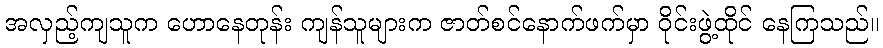
အလှည့်ကျသူက ဟောနေတုန်း ကျန်သူများက ဇာတ်စင်နောက်ဖက်မှာ ဝိုင်းဖွဲ့ထိုင် နေကြသည်။